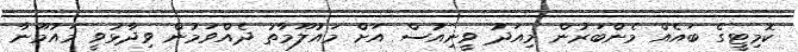
ކޮމިޓީގެ ބައެއް މެންބަރުން މިއަދު ވީނިއުސް އަށް މައުލޫމާތު ދެއްވަމުން ވިދާޅުވީ މައުމޫނާ